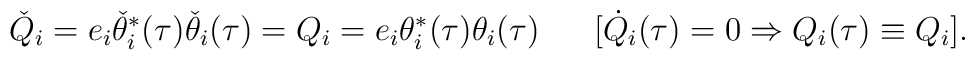
{\check Q}_i=e_i \check{\theta}_i^\ast(\tau) \check{\theta}_i(\tau)=Q_i = e_i \theta_i^\ast(\tau) \theta_i(\tau)  ~~~~~\big[ \dot{Q}_i(\tau) = 0 \Rightarrow Q_i(\tau) \equiv Q_i \big] .